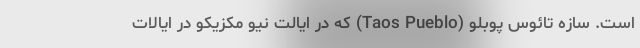
است. سازه تائوس پوبلو (Taos Pueblo) که در ایالت نیو مکزیکو در ایالات